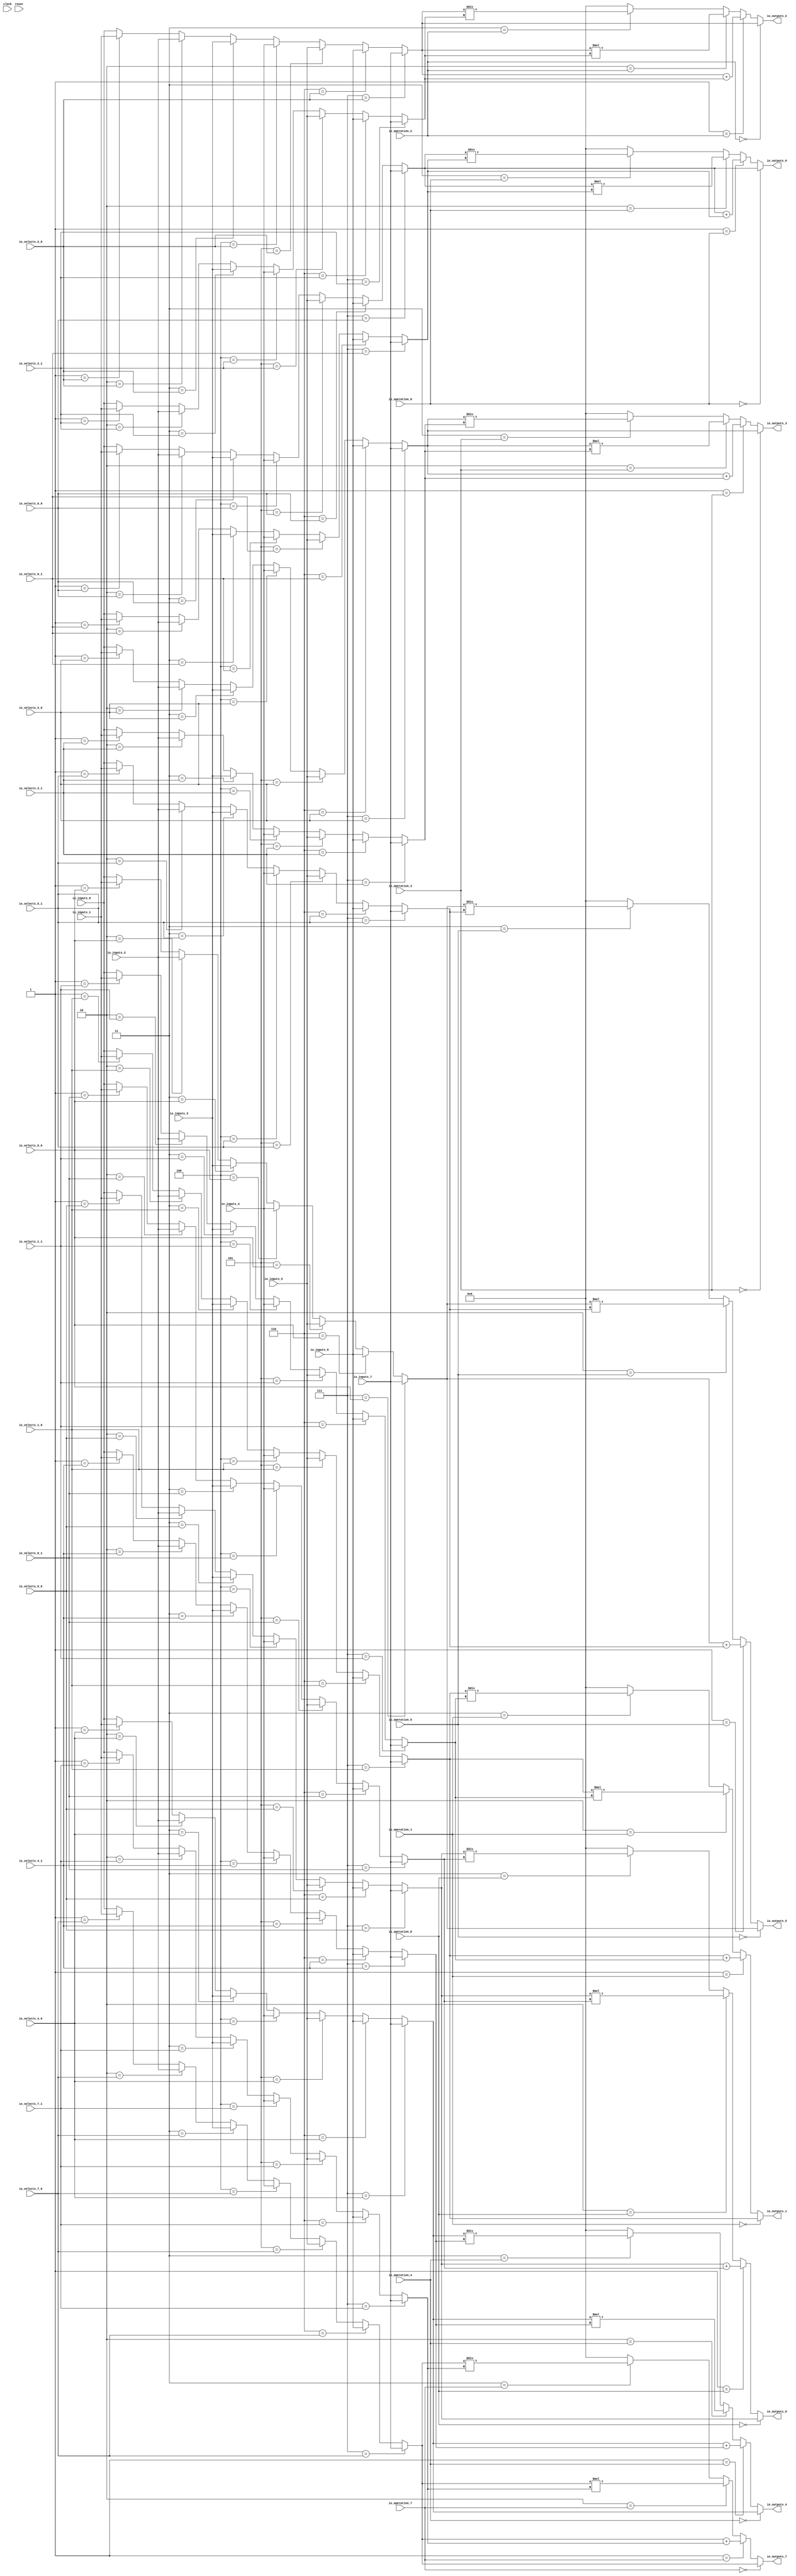
module MuxTest_width_64_inputs_8_outputs_8_pipeline_0( // @[:@3.2]
  input         clock, // @[:@4.4]
  input         reset, // @[:@5.4]
  input  [2:0]  io_selects_0_0, // @[:@6.4]
  input  [2:0]  io_selects_0_1, // @[:@6.4]
  input  [2:0]  io_selects_1_0, // @[:@6.4]
  input  [2:0]  io_selects_1_1, // @[:@6.4]
  input  [2:0]  io_selects_2_0, // @[:@6.4]
  input  [2:0]  io_selects_2_1, // @[:@6.4]
  input  [2:0]  io_selects_3_0, // @[:@6.4]
  input  [2:0]  io_selects_3_1, // @[:@6.4]
  input  [2:0]  io_selects_4_0, // @[:@6.4]
  input  [2:0]  io_selects_4_1, // @[:@6.4]
  input  [2:0]  io_selects_5_0, // @[:@6.4]
  input  [2:0]  io_selects_5_1, // @[:@6.4]
  input  [2:0]  io_selects_6_0, // @[:@6.4]
  input  [2:0]  io_selects_6_1, // @[:@6.4]
  input  [2:0]  io_selects_7_0, // @[:@6.4]
  input  [2:0]  io_selects_7_1, // @[:@6.4]
  input  [2:0]  io_operation_0, // @[:@6.4]
  input  [2:0]  io_operation_1, // @[:@6.4]
  input  [2:0]  io_operation_2, // @[:@6.4]
  input  [2:0]  io_operation_3, // @[:@6.4]
  input  [2:0]  io_operation_4, // @[:@6.4]
  input  [2:0]  io_operation_5, // @[:@6.4]
  input  [2:0]  io_operation_6, // @[:@6.4]
  input  [2:0]  io_operation_7, // @[:@6.4]
  input  [63:0] io_inputs_0, // @[:@6.4]
  input  [63:0] io_inputs_1, // @[:@6.4]
  input  [63:0] io_inputs_2, // @[:@6.4]
  input  [63:0] io_inputs_3, // @[:@6.4]
  input  [63:0] io_inputs_4, // @[:@6.4]
  input  [63:0] io_inputs_5, // @[:@6.4]
  input  [63:0] io_inputs_6, // @[:@6.4]
  input  [63:0] io_inputs_7, // @[:@6.4]
  output [63:0] io_outputs_0, // @[:@6.4]
  output [63:0] io_outputs_1, // @[:@6.4]
  output [63:0] io_outputs_2, // @[:@6.4]
  output [63:0] io_outputs_3, // @[:@6.4]
  output [63:0] io_outputs_4, // @[:@6.4]
  output [63:0] io_outputs_5, // @[:@6.4]
  output [63:0] io_outputs_6, // @[:@6.4]
  output [63:0] io_outputs_7 // @[:@6.4]
);
  wire [63:0] _GEN_1; // @[MuxTest_width_64_inputs_8_outputs_8_pipeline_0s.scala 32:53:@8.4]
  wire [63:0] _GEN_2; // @[MuxTest_width_64_inputs_8_outputs_8_pipeline_0s.scala 32:53:@8.4]
  wire [63:0] _GEN_3; // @[MuxTest_width_64_inputs_8_outputs_8_pipeline_0s.scala 32:53:@8.4]
  wire [63:0] _GEN_4; // @[MuxTest_width_64_inputs_8_outputs_8_pipeline_0s.scala 32:53:@8.4]
  wire [63:0] _GEN_5; // @[MuxTest_width_64_inputs_8_outputs_8_pipeline_0s.scala 32:53:@8.4]
  wire [63:0] _GEN_6; // @[MuxTest_width_64_inputs_8_outputs_8_pipeline_0s.scala 32:53:@8.4]
  wire [63:0] _GEN_7; // @[MuxTest_width_64_inputs_8_outputs_8_pipeline_0s.scala 32:53:@8.4]
  wire [63:0] _GEN_9; // @[MuxTest_width_64_inputs_8_outputs_8_pipeline_0s.scala 32:53:@8.4]
  wire [63:0] _GEN_10; // @[MuxTest_width_64_inputs_8_outputs_8_pipeline_0s.scala 32:53:@8.4]
  wire [63:0] _GEN_11; // @[MuxTest_width_64_inputs_8_outputs_8_pipeline_0s.scala 32:53:@8.4]
  wire [63:0] _GEN_12; // @[MuxTest_width_64_inputs_8_outputs_8_pipeline_0s.scala 32:53:@8.4]
  wire [63:0] _GEN_13; // @[MuxTest_width_64_inputs_8_outputs_8_pipeline_0s.scala 32:53:@8.4]
  wire [63:0] _GEN_14; // @[MuxTest_width_64_inputs_8_outputs_8_pipeline_0s.scala 32:53:@8.4]
  wire [63:0] _GEN_15; // @[MuxTest_width_64_inputs_8_outputs_8_pipeline_0s.scala 32:53:@8.4]
  wire [64:0] _T_402; // @[MuxTest_width_64_inputs_8_outputs_8_pipeline_0s.scala 32:53:@8.4]
  wire [63:0] _T_403; // @[MuxTest_width_64_inputs_8_outputs_8_pipeline_0s.scala 32:53:@9.4]
  wire [127:0] _T_405; // @[MuxTest_width_64_inputs_8_outputs_8_pipeline_0s.scala 33:58:@10.4]
  wire [63:0] _T_407; // @[MuxTest_width_64_inputs_8_outputs_8_pipeline_0s.scala 34:56:@11.4]
  wire  _T_408; // @[Mux.scala 46:19:@12.4]
  wire [63:0] _T_409; // @[Mux.scala 46:16:@13.4]
  wire  _T_410; // @[Mux.scala 46:19:@14.4]
  wire [127:0] _T_411; // @[Mux.scala 46:16:@15.4]
  wire  _T_412; // @[Mux.scala 46:19:@16.4]
  wire [127:0] _T_413; // @[Mux.scala 46:16:@17.4]
  wire  _T_414; // @[Mux.scala 46:19:@18.4]
  wire [127:0] _T_415; // @[Mux.scala 46:16:@19.4]
  wire [63:0] _GEN_17; // @[MuxTest_width_64_inputs_8_outputs_8_pipeline_0s.scala 32:53:@20.4]
  wire [63:0] _GEN_18; // @[MuxTest_width_64_inputs_8_outputs_8_pipeline_0s.scala 32:53:@20.4]
  wire [63:0] _GEN_19; // @[MuxTest_width_64_inputs_8_outputs_8_pipeline_0s.scala 32:53:@20.4]
  wire [63:0] _GEN_20; // @[MuxTest_width_64_inputs_8_outputs_8_pipeline_0s.scala 32:53:@20.4]
  wire [63:0] _GEN_21; // @[MuxTest_width_64_inputs_8_outputs_8_pipeline_0s.scala 32:53:@20.4]
  wire [63:0] _GEN_22; // @[MuxTest_width_64_inputs_8_outputs_8_pipeline_0s.scala 32:53:@20.4]
  wire [63:0] _GEN_23; // @[MuxTest_width_64_inputs_8_outputs_8_pipeline_0s.scala 32:53:@20.4]
  wire [63:0] _GEN_25; // @[MuxTest_width_64_inputs_8_outputs_8_pipeline_0s.scala 32:53:@20.4]
  wire [63:0] _GEN_26; // @[MuxTest_width_64_inputs_8_outputs_8_pipeline_0s.scala 32:53:@20.4]
  wire [63:0] _GEN_27; // @[MuxTest_width_64_inputs_8_outputs_8_pipeline_0s.scala 32:53:@20.4]
  wire [63:0] _GEN_28; // @[MuxTest_width_64_inputs_8_outputs_8_pipeline_0s.scala 32:53:@20.4]
  wire [63:0] _GEN_29; // @[MuxTest_width_64_inputs_8_outputs_8_pipeline_0s.scala 32:53:@20.4]
  wire [63:0] _GEN_30; // @[MuxTest_width_64_inputs_8_outputs_8_pipeline_0s.scala 32:53:@20.4]
  wire [63:0] _GEN_31; // @[MuxTest_width_64_inputs_8_outputs_8_pipeline_0s.scala 32:53:@20.4]
  wire [64:0] _T_419; // @[MuxTest_width_64_inputs_8_outputs_8_pipeline_0s.scala 32:53:@20.4]
  wire [63:0] _T_420; // @[MuxTest_width_64_inputs_8_outputs_8_pipeline_0s.scala 32:53:@21.4]
  wire [127:0] _T_422; // @[MuxTest_width_64_inputs_8_outputs_8_pipeline_0s.scala 33:58:@22.4]
  wire [63:0] _T_424; // @[MuxTest_width_64_inputs_8_outputs_8_pipeline_0s.scala 34:56:@23.4]
  wire  _T_425; // @[Mux.scala 46:19:@24.4]
  wire [63:0] _T_426; // @[Mux.scala 46:16:@25.4]
  wire  _T_427; // @[Mux.scala 46:19:@26.4]
  wire [127:0] _T_428; // @[Mux.scala 46:16:@27.4]
  wire  _T_429; // @[Mux.scala 46:19:@28.4]
  wire [127:0] _T_430; // @[Mux.scala 46:16:@29.4]
  wire  _T_431; // @[Mux.scala 46:19:@30.4]
  wire [127:0] _T_432; // @[Mux.scala 46:16:@31.4]
  wire [63:0] _GEN_33; // @[MuxTest_width_64_inputs_8_outputs_8_pipeline_0s.scala 32:53:@32.4]
  wire [63:0] _GEN_34; // @[MuxTest_width_64_inputs_8_outputs_8_pipeline_0s.scala 32:53:@32.4]
  wire [63:0] _GEN_35; // @[MuxTest_width_64_inputs_8_outputs_8_pipeline_0s.scala 32:53:@32.4]
  wire [63:0] _GEN_36; // @[MuxTest_width_64_inputs_8_outputs_8_pipeline_0s.scala 32:53:@32.4]
  wire [63:0] _GEN_37; // @[MuxTest_width_64_inputs_8_outputs_8_pipeline_0s.scala 32:53:@32.4]
  wire [63:0] _GEN_38; // @[MuxTest_width_64_inputs_8_outputs_8_pipeline_0s.scala 32:53:@32.4]
  wire [63:0] _GEN_39; // @[MuxTest_width_64_inputs_8_outputs_8_pipeline_0s.scala 32:53:@32.4]
  wire [63:0] _GEN_41; // @[MuxTest_width_64_inputs_8_outputs_8_pipeline_0s.scala 32:53:@32.4]
  wire [63:0] _GEN_42; // @[MuxTest_width_64_inputs_8_outputs_8_pipeline_0s.scala 32:53:@32.4]
  wire [63:0] _GEN_43; // @[MuxTest_width_64_inputs_8_outputs_8_pipeline_0s.scala 32:53:@32.4]
  wire [63:0] _GEN_44; // @[MuxTest_width_64_inputs_8_outputs_8_pipeline_0s.scala 32:53:@32.4]
  wire [63:0] _GEN_45; // @[MuxTest_width_64_inputs_8_outputs_8_pipeline_0s.scala 32:53:@32.4]
  wire [63:0] _GEN_46; // @[MuxTest_width_64_inputs_8_outputs_8_pipeline_0s.scala 32:53:@32.4]
  wire [63:0] _GEN_47; // @[MuxTest_width_64_inputs_8_outputs_8_pipeline_0s.scala 32:53:@32.4]
  wire [64:0] _T_436; // @[MuxTest_width_64_inputs_8_outputs_8_pipeline_0s.scala 32:53:@32.4]
  wire [63:0] _T_437; // @[MuxTest_width_64_inputs_8_outputs_8_pipeline_0s.scala 32:53:@33.4]
  wire [127:0] _T_439; // @[MuxTest_width_64_inputs_8_outputs_8_pipeline_0s.scala 33:58:@34.4]
  wire [63:0] _T_441; // @[MuxTest_width_64_inputs_8_outputs_8_pipeline_0s.scala 34:56:@35.4]
  wire  _T_442; // @[Mux.scala 46:19:@36.4]
  wire [63:0] _T_443; // @[Mux.scala 46:16:@37.4]
  wire  _T_444; // @[Mux.scala 46:19:@38.4]
  wire [127:0] _T_445; // @[Mux.scala 46:16:@39.4]
  wire  _T_446; // @[Mux.scala 46:19:@40.4]
  wire [127:0] _T_447; // @[Mux.scala 46:16:@41.4]
  wire  _T_448; // @[Mux.scala 46:19:@42.4]
  wire [127:0] _T_449; // @[Mux.scala 46:16:@43.4]
  wire [63:0] _GEN_49; // @[MuxTest_width_64_inputs_8_outputs_8_pipeline_0s.scala 32:53:@44.4]
  wire [63:0] _GEN_50; // @[MuxTest_width_64_inputs_8_outputs_8_pipeline_0s.scala 32:53:@44.4]
  wire [63:0] _GEN_51; // @[MuxTest_width_64_inputs_8_outputs_8_pipeline_0s.scala 32:53:@44.4]
  wire [63:0] _GEN_52; // @[MuxTest_width_64_inputs_8_outputs_8_pipeline_0s.scala 32:53:@44.4]
  wire [63:0] _GEN_53; // @[MuxTest_width_64_inputs_8_outputs_8_pipeline_0s.scala 32:53:@44.4]
  wire [63:0] _GEN_54; // @[MuxTest_width_64_inputs_8_outputs_8_pipeline_0s.scala 32:53:@44.4]
  wire [63:0] _GEN_55; // @[MuxTest_width_64_inputs_8_outputs_8_pipeline_0s.scala 32:53:@44.4]
  wire [63:0] _GEN_57; // @[MuxTest_width_64_inputs_8_outputs_8_pipeline_0s.scala 32:53:@44.4]
  wire [63:0] _GEN_58; // @[MuxTest_width_64_inputs_8_outputs_8_pipeline_0s.scala 32:53:@44.4]
  wire [63:0] _GEN_59; // @[MuxTest_width_64_inputs_8_outputs_8_pipeline_0s.scala 32:53:@44.4]
  wire [63:0] _GEN_60; // @[MuxTest_width_64_inputs_8_outputs_8_pipeline_0s.scala 32:53:@44.4]
  wire [63:0] _GEN_61; // @[MuxTest_width_64_inputs_8_outputs_8_pipeline_0s.scala 32:53:@44.4]
  wire [63:0] _GEN_62; // @[MuxTest_width_64_inputs_8_outputs_8_pipeline_0s.scala 32:53:@44.4]
  wire [63:0] _GEN_63; // @[MuxTest_width_64_inputs_8_outputs_8_pipeline_0s.scala 32:53:@44.4]
  wire [64:0] _T_453; // @[MuxTest_width_64_inputs_8_outputs_8_pipeline_0s.scala 32:53:@44.4]
  wire [63:0] _T_454; // @[MuxTest_width_64_inputs_8_outputs_8_pipeline_0s.scala 32:53:@45.4]
  wire [127:0] _T_456; // @[MuxTest_width_64_inputs_8_outputs_8_pipeline_0s.scala 33:58:@46.4]
  wire [63:0] _T_458; // @[MuxTest_width_64_inputs_8_outputs_8_pipeline_0s.scala 34:56:@47.4]
  wire  _T_459; // @[Mux.scala 46:19:@48.4]
  wire [63:0] _T_460; // @[Mux.scala 46:16:@49.4]
  wire  _T_461; // @[Mux.scala 46:19:@50.4]
  wire [127:0] _T_462; // @[Mux.scala 46:16:@51.4]
  wire  _T_463; // @[Mux.scala 46:19:@52.4]
  wire [127:0] _T_464; // @[Mux.scala 46:16:@53.4]
  wire  _T_465; // @[Mux.scala 46:19:@54.4]
  wire [127:0] _T_466; // @[Mux.scala 46:16:@55.4]
  wire [63:0] _GEN_65; // @[MuxTest_width_64_inputs_8_outputs_8_pipeline_0s.scala 32:53:@56.4]
  wire [63:0] _GEN_66; // @[MuxTest_width_64_inputs_8_outputs_8_pipeline_0s.scala 32:53:@56.4]
  wire [63:0] _GEN_67; // @[MuxTest_width_64_inputs_8_outputs_8_pipeline_0s.scala 32:53:@56.4]
  wire [63:0] _GEN_68; // @[MuxTest_width_64_inputs_8_outputs_8_pipeline_0s.scala 32:53:@56.4]
  wire [63:0] _GEN_69; // @[MuxTest_width_64_inputs_8_outputs_8_pipeline_0s.scala 32:53:@56.4]
  wire [63:0] _GEN_70; // @[MuxTest_width_64_inputs_8_outputs_8_pipeline_0s.scala 32:53:@56.4]
  wire [63:0] _GEN_71; // @[MuxTest_width_64_inputs_8_outputs_8_pipeline_0s.scala 32:53:@56.4]
  wire [63:0] _GEN_73; // @[MuxTest_width_64_inputs_8_outputs_8_pipeline_0s.scala 32:53:@56.4]
  wire [63:0] _GEN_74; // @[MuxTest_width_64_inputs_8_outputs_8_pipeline_0s.scala 32:53:@56.4]
  wire [63:0] _GEN_75; // @[MuxTest_width_64_inputs_8_outputs_8_pipeline_0s.scala 32:53:@56.4]
  wire [63:0] _GEN_76; // @[MuxTest_width_64_inputs_8_outputs_8_pipeline_0s.scala 32:53:@56.4]
  wire [63:0] _GEN_77; // @[MuxTest_width_64_inputs_8_outputs_8_pipeline_0s.scala 32:53:@56.4]
  wire [63:0] _GEN_78; // @[MuxTest_width_64_inputs_8_outputs_8_pipeline_0s.scala 32:53:@56.4]
  wire [63:0] _GEN_79; // @[MuxTest_width_64_inputs_8_outputs_8_pipeline_0s.scala 32:53:@56.4]
  wire [64:0] _T_470; // @[MuxTest_width_64_inputs_8_outputs_8_pipeline_0s.scala 32:53:@56.4]
  wire [63:0] _T_471; // @[MuxTest_width_64_inputs_8_outputs_8_pipeline_0s.scala 32:53:@57.4]
  wire [127:0] _T_473; // @[MuxTest_width_64_inputs_8_outputs_8_pipeline_0s.scala 33:58:@58.4]
  wire [63:0] _T_475; // @[MuxTest_width_64_inputs_8_outputs_8_pipeline_0s.scala 34:56:@59.4]
  wire  _T_476; // @[Mux.scala 46:19:@60.4]
  wire [63:0] _T_477; // @[Mux.scala 46:16:@61.4]
  wire  _T_478; // @[Mux.scala 46:19:@62.4]
  wire [127:0] _T_479; // @[Mux.scala 46:16:@63.4]
  wire  _T_480; // @[Mux.scala 46:19:@64.4]
  wire [127:0] _T_481; // @[Mux.scala 46:16:@65.4]
  wire  _T_482; // @[Mux.scala 46:19:@66.4]
  wire [127:0] _T_483; // @[Mux.scala 46:16:@67.4]
  wire [63:0] _GEN_81; // @[MuxTest_width_64_inputs_8_outputs_8_pipeline_0s.scala 32:53:@68.4]
  wire [63:0] _GEN_82; // @[MuxTest_width_64_inputs_8_outputs_8_pipeline_0s.scala 32:53:@68.4]
  wire [63:0] _GEN_83; // @[MuxTest_width_64_inputs_8_outputs_8_pipeline_0s.scala 32:53:@68.4]
  wire [63:0] _GEN_84; // @[MuxTest_width_64_inputs_8_outputs_8_pipeline_0s.scala 32:53:@68.4]
  wire [63:0] _GEN_85; // @[MuxTest_width_64_inputs_8_outputs_8_pipeline_0s.scala 32:53:@68.4]
  wire [63:0] _GEN_86; // @[MuxTest_width_64_inputs_8_outputs_8_pipeline_0s.scala 32:53:@68.4]
  wire [63:0] _GEN_87; // @[MuxTest_width_64_inputs_8_outputs_8_pipeline_0s.scala 32:53:@68.4]
  wire [63:0] _GEN_89; // @[MuxTest_width_64_inputs_8_outputs_8_pipeline_0s.scala 32:53:@68.4]
  wire [63:0] _GEN_90; // @[MuxTest_width_64_inputs_8_outputs_8_pipeline_0s.scala 32:53:@68.4]
  wire [63:0] _GEN_91; // @[MuxTest_width_64_inputs_8_outputs_8_pipeline_0s.scala 32:53:@68.4]
  wire [63:0] _GEN_92; // @[MuxTest_width_64_inputs_8_outputs_8_pipeline_0s.scala 32:53:@68.4]
  wire [63:0] _GEN_93; // @[MuxTest_width_64_inputs_8_outputs_8_pipeline_0s.scala 32:53:@68.4]
  wire [63:0] _GEN_94; // @[MuxTest_width_64_inputs_8_outputs_8_pipeline_0s.scala 32:53:@68.4]
  wire [63:0] _GEN_95; // @[MuxTest_width_64_inputs_8_outputs_8_pipeline_0s.scala 32:53:@68.4]
  wire [64:0] _T_487; // @[MuxTest_width_64_inputs_8_outputs_8_pipeline_0s.scala 32:53:@68.4]
  wire [63:0] _T_488; // @[MuxTest_width_64_inputs_8_outputs_8_pipeline_0s.scala 32:53:@69.4]
  wire [127:0] _T_490; // @[MuxTest_width_64_inputs_8_outputs_8_pipeline_0s.scala 33:58:@70.4]
  wire [63:0] _T_492; // @[MuxTest_width_64_inputs_8_outputs_8_pipeline_0s.scala 34:56:@71.4]
  wire  _T_493; // @[Mux.scala 46:19:@72.4]
  wire [63:0] _T_494; // @[Mux.scala 46:16:@73.4]
  wire  _T_495; // @[Mux.scala 46:19:@74.4]
  wire [127:0] _T_496; // @[Mux.scala 46:16:@75.4]
  wire  _T_497; // @[Mux.scala 46:19:@76.4]
  wire [127:0] _T_498; // @[Mux.scala 46:16:@77.4]
  wire  _T_499; // @[Mux.scala 46:19:@78.4]
  wire [127:0] _T_500; // @[Mux.scala 46:16:@79.4]
  wire [63:0] _GEN_97; // @[MuxTest_width_64_inputs_8_outputs_8_pipeline_0s.scala 32:53:@80.4]
  wire [63:0] _GEN_98; // @[MuxTest_width_64_inputs_8_outputs_8_pipeline_0s.scala 32:53:@80.4]
  wire [63:0] _GEN_99; // @[MuxTest_width_64_inputs_8_outputs_8_pipeline_0s.scala 32:53:@80.4]
  wire [63:0] _GEN_100; // @[MuxTest_width_64_inputs_8_outputs_8_pipeline_0s.scala 32:53:@80.4]
  wire [63:0] _GEN_101; // @[MuxTest_width_64_inputs_8_outputs_8_pipeline_0s.scala 32:53:@80.4]
  wire [63:0] _GEN_102; // @[MuxTest_width_64_inputs_8_outputs_8_pipeline_0s.scala 32:53:@80.4]
  wire [63:0] _GEN_103; // @[MuxTest_width_64_inputs_8_outputs_8_pipeline_0s.scala 32:53:@80.4]
  wire [63:0] _GEN_105; // @[MuxTest_width_64_inputs_8_outputs_8_pipeline_0s.scala 32:53:@80.4]
  wire [63:0] _GEN_106; // @[MuxTest_width_64_inputs_8_outputs_8_pipeline_0s.scala 32:53:@80.4]
  wire [63:0] _GEN_107; // @[MuxTest_width_64_inputs_8_outputs_8_pipeline_0s.scala 32:53:@80.4]
  wire [63:0] _GEN_108; // @[MuxTest_width_64_inputs_8_outputs_8_pipeline_0s.scala 32:53:@80.4]
  wire [63:0] _GEN_109; // @[MuxTest_width_64_inputs_8_outputs_8_pipeline_0s.scala 32:53:@80.4]
  wire [63:0] _GEN_110; // @[MuxTest_width_64_inputs_8_outputs_8_pipeline_0s.scala 32:53:@80.4]
  wire [63:0] _GEN_111; // @[MuxTest_width_64_inputs_8_outputs_8_pipeline_0s.scala 32:53:@80.4]
  wire [64:0] _T_504; // @[MuxTest_width_64_inputs_8_outputs_8_pipeline_0s.scala 32:53:@80.4]
  wire [63:0] _T_505; // @[MuxTest_width_64_inputs_8_outputs_8_pipeline_0s.scala 32:53:@81.4]
  wire [127:0] _T_507; // @[MuxTest_width_64_inputs_8_outputs_8_pipeline_0s.scala 33:58:@82.4]
  wire [63:0] _T_509; // @[MuxTest_width_64_inputs_8_outputs_8_pipeline_0s.scala 34:56:@83.4]
  wire  _T_510; // @[Mux.scala 46:19:@84.4]
  wire [63:0] _T_511; // @[Mux.scala 46:16:@85.4]
  wire  _T_512; // @[Mux.scala 46:19:@86.4]
  wire [127:0] _T_513; // @[Mux.scala 46:16:@87.4]
  wire  _T_514; // @[Mux.scala 46:19:@88.4]
  wire [127:0] _T_515; // @[Mux.scala 46:16:@89.4]
  wire  _T_516; // @[Mux.scala 46:19:@90.4]
  wire [127:0] _T_517; // @[Mux.scala 46:16:@91.4]
  wire [63:0] _GEN_113; // @[MuxTest_width_64_inputs_8_outputs_8_pipeline_0s.scala 32:53:@92.4]
  wire [63:0] _GEN_114; // @[MuxTest_width_64_inputs_8_outputs_8_pipeline_0s.scala 32:53:@92.4]
  wire [63:0] _GEN_115; // @[MuxTest_width_64_inputs_8_outputs_8_pipeline_0s.scala 32:53:@92.4]
  wire [63:0] _GEN_116; // @[MuxTest_width_64_inputs_8_outputs_8_pipeline_0s.scala 32:53:@92.4]
  wire [63:0] _GEN_117; // @[MuxTest_width_64_inputs_8_outputs_8_pipeline_0s.scala 32:53:@92.4]
  wire [63:0] _GEN_118; // @[MuxTest_width_64_inputs_8_outputs_8_pipeline_0s.scala 32:53:@92.4]
  wire [63:0] _GEN_119; // @[MuxTest_width_64_inputs_8_outputs_8_pipeline_0s.scala 32:53:@92.4]
  wire [63:0] _GEN_121; // @[MuxTest_width_64_inputs_8_outputs_8_pipeline_0s.scala 32:53:@92.4]
  wire [63:0] _GEN_122; // @[MuxTest_width_64_inputs_8_outputs_8_pipeline_0s.scala 32:53:@92.4]
  wire [63:0] _GEN_123; // @[MuxTest_width_64_inputs_8_outputs_8_pipeline_0s.scala 32:53:@92.4]
  wire [63:0] _GEN_124; // @[MuxTest_width_64_inputs_8_outputs_8_pipeline_0s.scala 32:53:@92.4]
  wire [63:0] _GEN_125; // @[MuxTest_width_64_inputs_8_outputs_8_pipeline_0s.scala 32:53:@92.4]
  wire [63:0] _GEN_126; // @[MuxTest_width_64_inputs_8_outputs_8_pipeline_0s.scala 32:53:@92.4]
  wire [63:0] _GEN_127; // @[MuxTest_width_64_inputs_8_outputs_8_pipeline_0s.scala 32:53:@92.4]
  wire [64:0] _T_521; // @[MuxTest_width_64_inputs_8_outputs_8_pipeline_0s.scala 32:53:@92.4]
  wire [63:0] _T_522; // @[MuxTest_width_64_inputs_8_outputs_8_pipeline_0s.scala 32:53:@93.4]
  wire [127:0] _T_524; // @[MuxTest_width_64_inputs_8_outputs_8_pipeline_0s.scala 33:58:@94.4]
  wire [63:0] _T_526; // @[MuxTest_width_64_inputs_8_outputs_8_pipeline_0s.scala 34:56:@95.4]
  wire  _T_527; // @[Mux.scala 46:19:@96.4]
  wire [63:0] _T_528; // @[Mux.scala 46:16:@97.4]
  wire  _T_529; // @[Mux.scala 46:19:@98.4]
  wire [127:0] _T_530; // @[Mux.scala 46:16:@99.4]
  wire  _T_531; // @[Mux.scala 46:19:@100.4]
  wire [127:0] _T_532; // @[Mux.scala 46:16:@101.4]
  wire  _T_533; // @[Mux.scala 46:19:@102.4]
  wire [127:0] _T_534; // @[Mux.scala 46:16:@103.4]
  assign _GEN_1 = 3'h1 == io_selects_0_0 ? io_inputs_1 : io_inputs_0; // @[MuxTest_width_64_inputs_8_outputs_8_pipeline_0s.scala 32:53:@8.4]
  assign _GEN_2 = 3'h2 == io_selects_0_0 ? io_inputs_2 : _GEN_1; // @[MuxTest_width_64_inputs_8_outputs_8_pipeline_0s.scala 32:53:@8.4]
  assign _GEN_3 = 3'h3 == io_selects_0_0 ? io_inputs_3 : _GEN_2; // @[MuxTest_width_64_inputs_8_outputs_8_pipeline_0s.scala 32:53:@8.4]
  assign _GEN_4 = 3'h4 == io_selects_0_0 ? io_inputs_4 : _GEN_3; // @[MuxTest_width_64_inputs_8_outputs_8_pipeline_0s.scala 32:53:@8.4]
  assign _GEN_5 = 3'h5 == io_selects_0_0 ? io_inputs_5 : _GEN_4; // @[MuxTest_width_64_inputs_8_outputs_8_pipeline_0s.scala 32:53:@8.4]
  assign _GEN_6 = 3'h6 == io_selects_0_0 ? io_inputs_6 : _GEN_5; // @[MuxTest_width_64_inputs_8_outputs_8_pipeline_0s.scala 32:53:@8.4]
  assign _GEN_7 = 3'h7 == io_selects_0_0 ? io_inputs_7 : _GEN_6; // @[MuxTest_width_64_inputs_8_outputs_8_pipeline_0s.scala 32:53:@8.4]
  assign _GEN_9 = 3'h1 == io_selects_0_1 ? io_inputs_1 : io_inputs_0; // @[MuxTest_width_64_inputs_8_outputs_8_pipeline_0s.scala 32:53:@8.4]
  assign _GEN_10 = 3'h2 == io_selects_0_1 ? io_inputs_2 : _GEN_9; // @[MuxTest_width_64_inputs_8_outputs_8_pipeline_0s.scala 32:53:@8.4]
  assign _GEN_11 = 3'h3 == io_selects_0_1 ? io_inputs_3 : _GEN_10; // @[MuxTest_width_64_inputs_8_outputs_8_pipeline_0s.scala 32:53:@8.4]
  assign _GEN_12 = 3'h4 == io_selects_0_1 ? io_inputs_4 : _GEN_11; // @[MuxTest_width_64_inputs_8_outputs_8_pipeline_0s.scala 32:53:@8.4]
  assign _GEN_13 = 3'h5 == io_selects_0_1 ? io_inputs_5 : _GEN_12; // @[MuxTest_width_64_inputs_8_outputs_8_pipeline_0s.scala 32:53:@8.4]
  assign _GEN_14 = 3'h6 == io_selects_0_1 ? io_inputs_6 : _GEN_13; // @[MuxTest_width_64_inputs_8_outputs_8_pipeline_0s.scala 32:53:@8.4]
  assign _GEN_15 = 3'h7 == io_selects_0_1 ? io_inputs_7 : _GEN_14; // @[MuxTest_width_64_inputs_8_outputs_8_pipeline_0s.scala 32:53:@8.4]
  assign _T_402 = _GEN_7 + _GEN_15; // @[MuxTest_width_64_inputs_8_outputs_8_pipeline_0s.scala 32:53:@8.4]
  assign _T_403 = _GEN_7 + _GEN_15; // @[MuxTest_width_64_inputs_8_outputs_8_pipeline_0s.scala 32:53:@9.4]
  assign _T_405 = _GEN_7 * _GEN_15; // @[MuxTest_width_64_inputs_8_outputs_8_pipeline_0s.scala 33:58:@10.4]
  assign _T_407 = _GEN_7 / _GEN_15; // @[MuxTest_width_64_inputs_8_outputs_8_pipeline_0s.scala 34:56:@11.4]
  assign _T_408 = 3'h3 == io_operation_0; // @[Mux.scala 46:19:@12.4]
  assign _T_409 = _T_408 ? _T_407 : 64'h0; // @[Mux.scala 46:16:@13.4]
  assign _T_410 = 3'h2 == io_operation_0; // @[Mux.scala 46:19:@14.4]
  assign _T_411 = _T_410 ? _T_405 : {{64'd0}, _T_409}; // @[Mux.scala 46:16:@15.4]
  assign _T_412 = 3'h1 == io_operation_0; // @[Mux.scala 46:19:@16.4]
  assign _T_413 = _T_412 ? {{64'd0}, _T_403} : _T_411; // @[Mux.scala 46:16:@17.4]
  assign _T_414 = 3'h0 == io_operation_0; // @[Mux.scala 46:19:@18.4]
  assign _T_415 = _T_414 ? {{64'd0}, _GEN_7} : _T_413; // @[Mux.scala 46:16:@19.4]
  assign _GEN_17 = 3'h1 == io_selects_1_0 ? io_inputs_1 : io_inputs_0; // @[MuxTest_width_64_inputs_8_outputs_8_pipeline_0s.scala 32:53:@20.4]
  assign _GEN_18 = 3'h2 == io_selects_1_0 ? io_inputs_2 : _GEN_17; // @[MuxTest_width_64_inputs_8_outputs_8_pipeline_0s.scala 32:53:@20.4]
  assign _GEN_19 = 3'h3 == io_selects_1_0 ? io_inputs_3 : _GEN_18; // @[MuxTest_width_64_inputs_8_outputs_8_pipeline_0s.scala 32:53:@20.4]
  assign _GEN_20 = 3'h4 == io_selects_1_0 ? io_inputs_4 : _GEN_19; // @[MuxTest_width_64_inputs_8_outputs_8_pipeline_0s.scala 32:53:@20.4]
  assign _GEN_21 = 3'h5 == io_selects_1_0 ? io_inputs_5 : _GEN_20; // @[MuxTest_width_64_inputs_8_outputs_8_pipeline_0s.scala 32:53:@20.4]
  assign _GEN_22 = 3'h6 == io_selects_1_0 ? io_inputs_6 : _GEN_21; // @[MuxTest_width_64_inputs_8_outputs_8_pipeline_0s.scala 32:53:@20.4]
  assign _GEN_23 = 3'h7 == io_selects_1_0 ? io_inputs_7 : _GEN_22; // @[MuxTest_width_64_inputs_8_outputs_8_pipeline_0s.scala 32:53:@20.4]
  assign _GEN_25 = 3'h1 == io_selects_1_1 ? io_inputs_1 : io_inputs_0; // @[MuxTest_width_64_inputs_8_outputs_8_pipeline_0s.scala 32:53:@20.4]
  assign _GEN_26 = 3'h2 == io_selects_1_1 ? io_inputs_2 : _GEN_25; // @[MuxTest_width_64_inputs_8_outputs_8_pipeline_0s.scala 32:53:@20.4]
  assign _GEN_27 = 3'h3 == io_selects_1_1 ? io_inputs_3 : _GEN_26; // @[MuxTest_width_64_inputs_8_outputs_8_pipeline_0s.scala 32:53:@20.4]
  assign _GEN_28 = 3'h4 == io_selects_1_1 ? io_inputs_4 : _GEN_27; // @[MuxTest_width_64_inputs_8_outputs_8_pipeline_0s.scala 32:53:@20.4]
  assign _GEN_29 = 3'h5 == io_selects_1_1 ? io_inputs_5 : _GEN_28; // @[MuxTest_width_64_inputs_8_outputs_8_pipeline_0s.scala 32:53:@20.4]
  assign _GEN_30 = 3'h6 == io_selects_1_1 ? io_inputs_6 : _GEN_29; // @[MuxTest_width_64_inputs_8_outputs_8_pipeline_0s.scala 32:53:@20.4]
  assign _GEN_31 = 3'h7 == io_selects_1_1 ? io_inputs_7 : _GEN_30; // @[MuxTest_width_64_inputs_8_outputs_8_pipeline_0s.scala 32:53:@20.4]
  assign _T_419 = _GEN_23 + _GEN_31; // @[MuxTest_width_64_inputs_8_outputs_8_pipeline_0s.scala 32:53:@20.4]
  assign _T_420 = _GEN_23 + _GEN_31; // @[MuxTest_width_64_inputs_8_outputs_8_pipeline_0s.scala 32:53:@21.4]
  assign _T_422 = _GEN_23 * _GEN_31; // @[MuxTest_width_64_inputs_8_outputs_8_pipeline_0s.scala 33:58:@22.4]
  assign _T_424 = _GEN_23 / _GEN_31; // @[MuxTest_width_64_inputs_8_outputs_8_pipeline_0s.scala 34:56:@23.4]
  assign _T_425 = 3'h3 == io_operation_1; // @[Mux.scala 46:19:@24.4]
  assign _T_426 = _T_425 ? _T_424 : 64'h0; // @[Mux.scala 46:16:@25.4]
  assign _T_427 = 3'h2 == io_operation_1; // @[Mux.scala 46:19:@26.4]
  assign _T_428 = _T_427 ? _T_422 : {{64'd0}, _T_426}; // @[Mux.scala 46:16:@27.4]
  assign _T_429 = 3'h1 == io_operation_1; // @[Mux.scala 46:19:@28.4]
  assign _T_430 = _T_429 ? {{64'd0}, _T_420} : _T_428; // @[Mux.scala 46:16:@29.4]
  assign _T_431 = 3'h0 == io_operation_1; // @[Mux.scala 46:19:@30.4]
  assign _T_432 = _T_431 ? {{64'd0}, _GEN_23} : _T_430; // @[Mux.scala 46:16:@31.4]
  assign _GEN_33 = 3'h1 == io_selects_2_0 ? io_inputs_1 : io_inputs_0; // @[MuxTest_width_64_inputs_8_outputs_8_pipeline_0s.scala 32:53:@32.4]
  assign _GEN_34 = 3'h2 == io_selects_2_0 ? io_inputs_2 : _GEN_33; // @[MuxTest_width_64_inputs_8_outputs_8_pipeline_0s.scala 32:53:@32.4]
  assign _GEN_35 = 3'h3 == io_selects_2_0 ? io_inputs_3 : _GEN_34; // @[MuxTest_width_64_inputs_8_outputs_8_pipeline_0s.scala 32:53:@32.4]
  assign _GEN_36 = 3'h4 == io_selects_2_0 ? io_inputs_4 : _GEN_35; // @[MuxTest_width_64_inputs_8_outputs_8_pipeline_0s.scala 32:53:@32.4]
  assign _GEN_37 = 3'h5 == io_selects_2_0 ? io_inputs_5 : _GEN_36; // @[MuxTest_width_64_inputs_8_outputs_8_pipeline_0s.scala 32:53:@32.4]
  assign _GEN_38 = 3'h6 == io_selects_2_0 ? io_inputs_6 : _GEN_37; // @[MuxTest_width_64_inputs_8_outputs_8_pipeline_0s.scala 32:53:@32.4]
  assign _GEN_39 = 3'h7 == io_selects_2_0 ? io_inputs_7 : _GEN_38; // @[MuxTest_width_64_inputs_8_outputs_8_pipeline_0s.scala 32:53:@32.4]
  assign _GEN_41 = 3'h1 == io_selects_2_1 ? io_inputs_1 : io_inputs_0; // @[MuxTest_width_64_inputs_8_outputs_8_pipeline_0s.scala 32:53:@32.4]
  assign _GEN_42 = 3'h2 == io_selects_2_1 ? io_inputs_2 : _GEN_41; // @[MuxTest_width_64_inputs_8_outputs_8_pipeline_0s.scala 32:53:@32.4]
  assign _GEN_43 = 3'h3 == io_selects_2_1 ? io_inputs_3 : _GEN_42; // @[MuxTest_width_64_inputs_8_outputs_8_pipeline_0s.scala 32:53:@32.4]
  assign _GEN_44 = 3'h4 == io_selects_2_1 ? io_inputs_4 : _GEN_43; // @[MuxTest_width_64_inputs_8_outputs_8_pipeline_0s.scala 32:53:@32.4]
  assign _GEN_45 = 3'h5 == io_selects_2_1 ? io_inputs_5 : _GEN_44; // @[MuxTest_width_64_inputs_8_outputs_8_pipeline_0s.scala 32:53:@32.4]
  assign _GEN_46 = 3'h6 == io_selects_2_1 ? io_inputs_6 : _GEN_45; // @[MuxTest_width_64_inputs_8_outputs_8_pipeline_0s.scala 32:53:@32.4]
  assign _GEN_47 = 3'h7 == io_selects_2_1 ? io_inputs_7 : _GEN_46; // @[MuxTest_width_64_inputs_8_outputs_8_pipeline_0s.scala 32:53:@32.4]
  assign _T_436 = _GEN_39 + _GEN_47; // @[MuxTest_width_64_inputs_8_outputs_8_pipeline_0s.scala 32:53:@32.4]
  assign _T_437 = _GEN_39 + _GEN_47; // @[MuxTest_width_64_inputs_8_outputs_8_pipeline_0s.scala 32:53:@33.4]
  assign _T_439 = _GEN_39 * _GEN_47; // @[MuxTest_width_64_inputs_8_outputs_8_pipeline_0s.scala 33:58:@34.4]
  assign _T_441 = _GEN_39 / _GEN_47; // @[MuxTest_width_64_inputs_8_outputs_8_pipeline_0s.scala 34:56:@35.4]
  assign _T_442 = 3'h3 == io_operation_2; // @[Mux.scala 46:19:@36.4]
  assign _T_443 = _T_442 ? _T_441 : 64'h0; // @[Mux.scala 46:16:@37.4]
  assign _T_444 = 3'h2 == io_operation_2; // @[Mux.scala 46:19:@38.4]
  assign _T_445 = _T_444 ? _T_439 : {{64'd0}, _T_443}; // @[Mux.scala 46:16:@39.4]
  assign _T_446 = 3'h1 == io_operation_2; // @[Mux.scala 46:19:@40.4]
  assign _T_447 = _T_446 ? {{64'd0}, _T_437} : _T_445; // @[Mux.scala 46:16:@41.4]
  assign _T_448 = 3'h0 == io_operation_2; // @[Mux.scala 46:19:@42.4]
  assign _T_449 = _T_448 ? {{64'd0}, _GEN_39} : _T_447; // @[Mux.scala 46:16:@43.4]
  assign _GEN_49 = 3'h1 == io_selects_3_0 ? io_inputs_1 : io_inputs_0; // @[MuxTest_width_64_inputs_8_outputs_8_pipeline_0s.scala 32:53:@44.4]
  assign _GEN_50 = 3'h2 == io_selects_3_0 ? io_inputs_2 : _GEN_49; // @[MuxTest_width_64_inputs_8_outputs_8_pipeline_0s.scala 32:53:@44.4]
  assign _GEN_51 = 3'h3 == io_selects_3_0 ? io_inputs_3 : _GEN_50; // @[MuxTest_width_64_inputs_8_outputs_8_pipeline_0s.scala 32:53:@44.4]
  assign _GEN_52 = 3'h4 == io_selects_3_0 ? io_inputs_4 : _GEN_51; // @[MuxTest_width_64_inputs_8_outputs_8_pipeline_0s.scala 32:53:@44.4]
  assign _GEN_53 = 3'h5 == io_selects_3_0 ? io_inputs_5 : _GEN_52; // @[MuxTest_width_64_inputs_8_outputs_8_pipeline_0s.scala 32:53:@44.4]
  assign _GEN_54 = 3'h6 == io_selects_3_0 ? io_inputs_6 : _GEN_53; // @[MuxTest_width_64_inputs_8_outputs_8_pipeline_0s.scala 32:53:@44.4]
  assign _GEN_55 = 3'h7 == io_selects_3_0 ? io_inputs_7 : _GEN_54; // @[MuxTest_width_64_inputs_8_outputs_8_pipeline_0s.scala 32:53:@44.4]
  assign _GEN_57 = 3'h1 == io_selects_3_1 ? io_inputs_1 : io_inputs_0; // @[MuxTest_width_64_inputs_8_outputs_8_pipeline_0s.scala 32:53:@44.4]
  assign _GEN_58 = 3'h2 == io_selects_3_1 ? io_inputs_2 : _GEN_57; // @[MuxTest_width_64_inputs_8_outputs_8_pipeline_0s.scala 32:53:@44.4]
  assign _GEN_59 = 3'h3 == io_selects_3_1 ? io_inputs_3 : _GEN_58; // @[MuxTest_width_64_inputs_8_outputs_8_pipeline_0s.scala 32:53:@44.4]
  assign _GEN_60 = 3'h4 == io_selects_3_1 ? io_inputs_4 : _GEN_59; // @[MuxTest_width_64_inputs_8_outputs_8_pipeline_0s.scala 32:53:@44.4]
  assign _GEN_61 = 3'h5 == io_selects_3_1 ? io_inputs_5 : _GEN_60; // @[MuxTest_width_64_inputs_8_outputs_8_pipeline_0s.scala 32:53:@44.4]
  assign _GEN_62 = 3'h6 == io_selects_3_1 ? io_inputs_6 : _GEN_61; // @[MuxTest_width_64_inputs_8_outputs_8_pipeline_0s.scala 32:53:@44.4]
  assign _GEN_63 = 3'h7 == io_selects_3_1 ? io_inputs_7 : _GEN_62; // @[MuxTest_width_64_inputs_8_outputs_8_pipeline_0s.scala 32:53:@44.4]
  assign _T_453 = _GEN_55 + _GEN_63; // @[MuxTest_width_64_inputs_8_outputs_8_pipeline_0s.scala 32:53:@44.4]
  assign _T_454 = _GEN_55 + _GEN_63; // @[MuxTest_width_64_inputs_8_outputs_8_pipeline_0s.scala 32:53:@45.4]
  assign _T_456 = _GEN_55 * _GEN_63; // @[MuxTest_width_64_inputs_8_outputs_8_pipeline_0s.scala 33:58:@46.4]
  assign _T_458 = _GEN_55 / _GEN_63; // @[MuxTest_width_64_inputs_8_outputs_8_pipeline_0s.scala 34:56:@47.4]
  assign _T_459 = 3'h3 == io_operation_3; // @[Mux.scala 46:19:@48.4]
  assign _T_460 = _T_459 ? _T_458 : 64'h0; // @[Mux.scala 46:16:@49.4]
  assign _T_461 = 3'h2 == io_operation_3; // @[Mux.scala 46:19:@50.4]
  assign _T_462 = _T_461 ? _T_456 : {{64'd0}, _T_460}; // @[Mux.scala 46:16:@51.4]
  assign _T_463 = 3'h1 == io_operation_3; // @[Mux.scala 46:19:@52.4]
  assign _T_464 = _T_463 ? {{64'd0}, _T_454} : _T_462; // @[Mux.scala 46:16:@53.4]
  assign _T_465 = 3'h0 == io_operation_3; // @[Mux.scala 46:19:@54.4]
  assign _T_466 = _T_465 ? {{64'd0}, _GEN_55} : _T_464; // @[Mux.scala 46:16:@55.4]
  assign _GEN_65 = 3'h1 == io_selects_4_0 ? io_inputs_1 : io_inputs_0; // @[MuxTest_width_64_inputs_8_outputs_8_pipeline_0s.scala 32:53:@56.4]
  assign _GEN_66 = 3'h2 == io_selects_4_0 ? io_inputs_2 : _GEN_65; // @[MuxTest_width_64_inputs_8_outputs_8_pipeline_0s.scala 32:53:@56.4]
  assign _GEN_67 = 3'h3 == io_selects_4_0 ? io_inputs_3 : _GEN_66; // @[MuxTest_width_64_inputs_8_outputs_8_pipeline_0s.scala 32:53:@56.4]
  assign _GEN_68 = 3'h4 == io_selects_4_0 ? io_inputs_4 : _GEN_67; // @[MuxTest_width_64_inputs_8_outputs_8_pipeline_0s.scala 32:53:@56.4]
  assign _GEN_69 = 3'h5 == io_selects_4_0 ? io_inputs_5 : _GEN_68; // @[MuxTest_width_64_inputs_8_outputs_8_pipeline_0s.scala 32:53:@56.4]
  assign _GEN_70 = 3'h6 == io_selects_4_0 ? io_inputs_6 : _GEN_69; // @[MuxTest_width_64_inputs_8_outputs_8_pipeline_0s.scala 32:53:@56.4]
  assign _GEN_71 = 3'h7 == io_selects_4_0 ? io_inputs_7 : _GEN_70; // @[MuxTest_width_64_inputs_8_outputs_8_pipeline_0s.scala 32:53:@56.4]
  assign _GEN_73 = 3'h1 == io_selects_4_1 ? io_inputs_1 : io_inputs_0; // @[MuxTest_width_64_inputs_8_outputs_8_pipeline_0s.scala 32:53:@56.4]
  assign _GEN_74 = 3'h2 == io_selects_4_1 ? io_inputs_2 : _GEN_73; // @[MuxTest_width_64_inputs_8_outputs_8_pipeline_0s.scala 32:53:@56.4]
  assign _GEN_75 = 3'h3 == io_selects_4_1 ? io_inputs_3 : _GEN_74; // @[MuxTest_width_64_inputs_8_outputs_8_pipeline_0s.scala 32:53:@56.4]
  assign _GEN_76 = 3'h4 == io_selects_4_1 ? io_inputs_4 : _GEN_75; // @[MuxTest_width_64_inputs_8_outputs_8_pipeline_0s.scala 32:53:@56.4]
  assign _GEN_77 = 3'h5 == io_selects_4_1 ? io_inputs_5 : _GEN_76; // @[MuxTest_width_64_inputs_8_outputs_8_pipeline_0s.scala 32:53:@56.4]
  assign _GEN_78 = 3'h6 == io_selects_4_1 ? io_inputs_6 : _GEN_77; // @[MuxTest_width_64_inputs_8_outputs_8_pipeline_0s.scala 32:53:@56.4]
  assign _GEN_79 = 3'h7 == io_selects_4_1 ? io_inputs_7 : _GEN_78; // @[MuxTest_width_64_inputs_8_outputs_8_pipeline_0s.scala 32:53:@56.4]
  assign _T_470 = _GEN_71 + _GEN_79; // @[MuxTest_width_64_inputs_8_outputs_8_pipeline_0s.scala 32:53:@56.4]
  assign _T_471 = _GEN_71 + _GEN_79; // @[MuxTest_width_64_inputs_8_outputs_8_pipeline_0s.scala 32:53:@57.4]
  assign _T_473 = _GEN_71 * _GEN_79; // @[MuxTest_width_64_inputs_8_outputs_8_pipeline_0s.scala 33:58:@58.4]
  assign _T_475 = _GEN_71 / _GEN_79; // @[MuxTest_width_64_inputs_8_outputs_8_pipeline_0s.scala 34:56:@59.4]
  assign _T_476 = 3'h3 == io_operation_4; // @[Mux.scala 46:19:@60.4]
  assign _T_477 = _T_476 ? _T_475 : 64'h0; // @[Mux.scala 46:16:@61.4]
  assign _T_478 = 3'h2 == io_operation_4; // @[Mux.scala 46:19:@62.4]
  assign _T_479 = _T_478 ? _T_473 : {{64'd0}, _T_477}; // @[Mux.scala 46:16:@63.4]
  assign _T_480 = 3'h1 == io_operation_4; // @[Mux.scala 46:19:@64.4]
  assign _T_481 = _T_480 ? {{64'd0}, _T_471} : _T_479; // @[Mux.scala 46:16:@65.4]
  assign _T_482 = 3'h0 == io_operation_4; // @[Mux.scala 46:19:@66.4]
  assign _T_483 = _T_482 ? {{64'd0}, _GEN_71} : _T_481; // @[Mux.scala 46:16:@67.4]
  assign _GEN_81 = 3'h1 == io_selects_5_0 ? io_inputs_1 : io_inputs_0; // @[MuxTest_width_64_inputs_8_outputs_8_pipeline_0s.scala 32:53:@68.4]
  assign _GEN_82 = 3'h2 == io_selects_5_0 ? io_inputs_2 : _GEN_81; // @[MuxTest_width_64_inputs_8_outputs_8_pipeline_0s.scala 32:53:@68.4]
  assign _GEN_83 = 3'h3 == io_selects_5_0 ? io_inputs_3 : _GEN_82; // @[MuxTest_width_64_inputs_8_outputs_8_pipeline_0s.scala 32:53:@68.4]
  assign _GEN_84 = 3'h4 == io_selects_5_0 ? io_inputs_4 : _GEN_83; // @[MuxTest_width_64_inputs_8_outputs_8_pipeline_0s.scala 32:53:@68.4]
  assign _GEN_85 = 3'h5 == io_selects_5_0 ? io_inputs_5 : _GEN_84; // @[MuxTest_width_64_inputs_8_outputs_8_pipeline_0s.scala 32:53:@68.4]
  assign _GEN_86 = 3'h6 == io_selects_5_0 ? io_inputs_6 : _GEN_85; // @[MuxTest_width_64_inputs_8_outputs_8_pipeline_0s.scala 32:53:@68.4]
  assign _GEN_87 = 3'h7 == io_selects_5_0 ? io_inputs_7 : _GEN_86; // @[MuxTest_width_64_inputs_8_outputs_8_pipeline_0s.scala 32:53:@68.4]
  assign _GEN_89 = 3'h1 == io_selects_5_1 ? io_inputs_1 : io_inputs_0; // @[MuxTest_width_64_inputs_8_outputs_8_pipeline_0s.scala 32:53:@68.4]
  assign _GEN_90 = 3'h2 == io_selects_5_1 ? io_inputs_2 : _GEN_89; // @[MuxTest_width_64_inputs_8_outputs_8_pipeline_0s.scala 32:53:@68.4]
  assign _GEN_91 = 3'h3 == io_selects_5_1 ? io_inputs_3 : _GEN_90; // @[MuxTest_width_64_inputs_8_outputs_8_pipeline_0s.scala 32:53:@68.4]
  assign _GEN_92 = 3'h4 == io_selects_5_1 ? io_inputs_4 : _GEN_91; // @[MuxTest_width_64_inputs_8_outputs_8_pipeline_0s.scala 32:53:@68.4]
  assign _GEN_93 = 3'h5 == io_selects_5_1 ? io_inputs_5 : _GEN_92; // @[MuxTest_width_64_inputs_8_outputs_8_pipeline_0s.scala 32:53:@68.4]
  assign _GEN_94 = 3'h6 == io_selects_5_1 ? io_inputs_6 : _GEN_93; // @[MuxTest_width_64_inputs_8_outputs_8_pipeline_0s.scala 32:53:@68.4]
  assign _GEN_95 = 3'h7 == io_selects_5_1 ? io_inputs_7 : _GEN_94; // @[MuxTest_width_64_inputs_8_outputs_8_pipeline_0s.scala 32:53:@68.4]
  assign _T_487 = _GEN_87 + _GEN_95; // @[MuxTest_width_64_inputs_8_outputs_8_pipeline_0s.scala 32:53:@68.4]
  assign _T_488 = _GEN_87 + _GEN_95; // @[MuxTest_width_64_inputs_8_outputs_8_pipeline_0s.scala 32:53:@69.4]
  assign _T_490 = _GEN_87 * _GEN_95; // @[MuxTest_width_64_inputs_8_outputs_8_pipeline_0s.scala 33:58:@70.4]
  assign _T_492 = _GEN_87 / _GEN_95; // @[MuxTest_width_64_inputs_8_outputs_8_pipeline_0s.scala 34:56:@71.4]
  assign _T_493 = 3'h3 == io_operation_5; // @[Mux.scala 46:19:@72.4]
  assign _T_494 = _T_493 ? _T_492 : 64'h0; // @[Mux.scala 46:16:@73.4]
  assign _T_495 = 3'h2 == io_operation_5; // @[Mux.scala 46:19:@74.4]
  assign _T_496 = _T_495 ? _T_490 : {{64'd0}, _T_494}; // @[Mux.scala 46:16:@75.4]
  assign _T_497 = 3'h1 == io_operation_5; // @[Mux.scala 46:19:@76.4]
  assign _T_498 = _T_497 ? {{64'd0}, _T_488} : _T_496; // @[Mux.scala 46:16:@77.4]
  assign _T_499 = 3'h0 == io_operation_5; // @[Mux.scala 46:19:@78.4]
  assign _T_500 = _T_499 ? {{64'd0}, _GEN_87} : _T_498; // @[Mux.scala 46:16:@79.4]
  assign _GEN_97 = 3'h1 == io_selects_6_0 ? io_inputs_1 : io_inputs_0; // @[MuxTest_width_64_inputs_8_outputs_8_pipeline_0s.scala 32:53:@80.4]
  assign _GEN_98 = 3'h2 == io_selects_6_0 ? io_inputs_2 : _GEN_97; // @[MuxTest_width_64_inputs_8_outputs_8_pipeline_0s.scala 32:53:@80.4]
  assign _GEN_99 = 3'h3 == io_selects_6_0 ? io_inputs_3 : _GEN_98; // @[MuxTest_width_64_inputs_8_outputs_8_pipeline_0s.scala 32:53:@80.4]
  assign _GEN_100 = 3'h4 == io_selects_6_0 ? io_inputs_4 : _GEN_99; // @[MuxTest_width_64_inputs_8_outputs_8_pipeline_0s.scala 32:53:@80.4]
  assign _GEN_101 = 3'h5 == io_selects_6_0 ? io_inputs_5 : _GEN_100; // @[MuxTest_width_64_inputs_8_outputs_8_pipeline_0s.scala 32:53:@80.4]
  assign _GEN_102 = 3'h6 == io_selects_6_0 ? io_inputs_6 : _GEN_101; // @[MuxTest_width_64_inputs_8_outputs_8_pipeline_0s.scala 32:53:@80.4]
  assign _GEN_103 = 3'h7 == io_selects_6_0 ? io_inputs_7 : _GEN_102; // @[MuxTest_width_64_inputs_8_outputs_8_pipeline_0s.scala 32:53:@80.4]
  assign _GEN_105 = 3'h1 == io_selects_6_1 ? io_inputs_1 : io_inputs_0; // @[MuxTest_width_64_inputs_8_outputs_8_pipeline_0s.scala 32:53:@80.4]
  assign _GEN_106 = 3'h2 == io_selects_6_1 ? io_inputs_2 : _GEN_105; // @[MuxTest_width_64_inputs_8_outputs_8_pipeline_0s.scala 32:53:@80.4]
  assign _GEN_107 = 3'h3 == io_selects_6_1 ? io_inputs_3 : _GEN_106; // @[MuxTest_width_64_inputs_8_outputs_8_pipeline_0s.scala 32:53:@80.4]
  assign _GEN_108 = 3'h4 == io_selects_6_1 ? io_inputs_4 : _GEN_107; // @[MuxTest_width_64_inputs_8_outputs_8_pipeline_0s.scala 32:53:@80.4]
  assign _GEN_109 = 3'h5 == io_selects_6_1 ? io_inputs_5 : _GEN_108; // @[MuxTest_width_64_inputs_8_outputs_8_pipeline_0s.scala 32:53:@80.4]
  assign _GEN_110 = 3'h6 == io_selects_6_1 ? io_inputs_6 : _GEN_109; // @[MuxTest_width_64_inputs_8_outputs_8_pipeline_0s.scala 32:53:@80.4]
  assign _GEN_111 = 3'h7 == io_selects_6_1 ? io_inputs_7 : _GEN_110; // @[MuxTest_width_64_inputs_8_outputs_8_pipeline_0s.scala 32:53:@80.4]
  assign _T_504 = _GEN_103 + _GEN_111; // @[MuxTest_width_64_inputs_8_outputs_8_pipeline_0s.scala 32:53:@80.4]
  assign _T_505 = _GEN_103 + _GEN_111; // @[MuxTest_width_64_inputs_8_outputs_8_pipeline_0s.scala 32:53:@81.4]
  assign _T_507 = _GEN_103 * _GEN_111; // @[MuxTest_width_64_inputs_8_outputs_8_pipeline_0s.scala 33:58:@82.4]
  assign _T_509 = _GEN_103 / _GEN_111; // @[MuxTest_width_64_inputs_8_outputs_8_pipeline_0s.scala 34:56:@83.4]
  assign _T_510 = 3'h3 == io_operation_6; // @[Mux.scala 46:19:@84.4]
  assign _T_511 = _T_510 ? _T_509 : 64'h0; // @[Mux.scala 46:16:@85.4]
  assign _T_512 = 3'h2 == io_operation_6; // @[Mux.scala 46:19:@86.4]
  assign _T_513 = _T_512 ? _T_507 : {{64'd0}, _T_511}; // @[Mux.scala 46:16:@87.4]
  assign _T_514 = 3'h1 == io_operation_6; // @[Mux.scala 46:19:@88.4]
  assign _T_515 = _T_514 ? {{64'd0}, _T_505} : _T_513; // @[Mux.scala 46:16:@89.4]
  assign _T_516 = 3'h0 == io_operation_6; // @[Mux.scala 46:19:@90.4]
  assign _T_517 = _T_516 ? {{64'd0}, _GEN_103} : _T_515; // @[Mux.scala 46:16:@91.4]
  assign _GEN_113 = 3'h1 == io_selects_7_0 ? io_inputs_1 : io_inputs_0; // @[MuxTest_width_64_inputs_8_outputs_8_pipeline_0s.scala 32:53:@92.4]
  assign _GEN_114 = 3'h2 == io_selects_7_0 ? io_inputs_2 : _GEN_113; // @[MuxTest_width_64_inputs_8_outputs_8_pipeline_0s.scala 32:53:@92.4]
  assign _GEN_115 = 3'h3 == io_selects_7_0 ? io_inputs_3 : _GEN_114; // @[MuxTest_width_64_inputs_8_outputs_8_pipeline_0s.scala 32:53:@92.4]
  assign _GEN_116 = 3'h4 == io_selects_7_0 ? io_inputs_4 : _GEN_115; // @[MuxTest_width_64_inputs_8_outputs_8_pipeline_0s.scala 32:53:@92.4]
  assign _GEN_117 = 3'h5 == io_selects_7_0 ? io_inputs_5 : _GEN_116; // @[MuxTest_width_64_inputs_8_outputs_8_pipeline_0s.scala 32:53:@92.4]
  assign _GEN_118 = 3'h6 == io_selects_7_0 ? io_inputs_6 : _GEN_117; // @[MuxTest_width_64_inputs_8_outputs_8_pipeline_0s.scala 32:53:@92.4]
  assign _GEN_119 = 3'h7 == io_selects_7_0 ? io_inputs_7 : _GEN_118; // @[MuxTest_width_64_inputs_8_outputs_8_pipeline_0s.scala 32:53:@92.4]
  assign _GEN_121 = 3'h1 == io_selects_7_1 ? io_inputs_1 : io_inputs_0; // @[MuxTest_width_64_inputs_8_outputs_8_pipeline_0s.scala 32:53:@92.4]
  assign _GEN_122 = 3'h2 == io_selects_7_1 ? io_inputs_2 : _GEN_121; // @[MuxTest_width_64_inputs_8_outputs_8_pipeline_0s.scala 32:53:@92.4]
  assign _GEN_123 = 3'h3 == io_selects_7_1 ? io_inputs_3 : _GEN_122; // @[MuxTest_width_64_inputs_8_outputs_8_pipeline_0s.scala 32:53:@92.4]
  assign _GEN_124 = 3'h4 == io_selects_7_1 ? io_inputs_4 : _GEN_123; // @[MuxTest_width_64_inputs_8_outputs_8_pipeline_0s.scala 32:53:@92.4]
  assign _GEN_125 = 3'h5 == io_selects_7_1 ? io_inputs_5 : _GEN_124; // @[MuxTest_width_64_inputs_8_outputs_8_pipeline_0s.scala 32:53:@92.4]
  assign _GEN_126 = 3'h6 == io_selects_7_1 ? io_inputs_6 : _GEN_125; // @[MuxTest_width_64_inputs_8_outputs_8_pipeline_0s.scala 32:53:@92.4]
  assign _GEN_127 = 3'h7 == io_selects_7_1 ? io_inputs_7 : _GEN_126; // @[MuxTest_width_64_inputs_8_outputs_8_pipeline_0s.scala 32:53:@92.4]
  assign _T_521 = _GEN_119 + _GEN_127; // @[MuxTest_width_64_inputs_8_outputs_8_pipeline_0s.scala 32:53:@92.4]
  assign _T_522 = _GEN_119 + _GEN_127; // @[MuxTest_width_64_inputs_8_outputs_8_pipeline_0s.scala 32:53:@93.4]
  assign _T_524 = _GEN_119 * _GEN_127; // @[MuxTest_width_64_inputs_8_outputs_8_pipeline_0s.scala 33:58:@94.4]
  assign _T_526 = _GEN_119 / _GEN_127; // @[MuxTest_width_64_inputs_8_outputs_8_pipeline_0s.scala 34:56:@95.4]
  assign _T_527 = 3'h3 == io_operation_7; // @[Mux.scala 46:19:@96.4]
  assign _T_528 = _T_527 ? _T_526 : 64'h0; // @[Mux.scala 46:16:@97.4]
  assign _T_529 = 3'h2 == io_operation_7; // @[Mux.scala 46:19:@98.4]
  assign _T_530 = _T_529 ? _T_524 : {{64'd0}, _T_528}; // @[Mux.scala 46:16:@99.4]
  assign _T_531 = 3'h1 == io_operation_7; // @[Mux.scala 46:19:@100.4]
  assign _T_532 = _T_531 ? {{64'd0}, _T_522} : _T_530; // @[Mux.scala 46:16:@101.4]
  assign _T_533 = 3'h0 == io_operation_7; // @[Mux.scala 46:19:@102.4]
  assign _T_534 = _T_533 ? {{64'd0}, _GEN_119} : _T_532; // @[Mux.scala 46:16:@103.4]
  assign io_outputs_0 = _T_415[63:0]; // @[MuxTest_width_64_inputs_8_outputs_8_pipeline_0s.scala 23:14:@104.4]
  assign io_outputs_1 = _T_432[63:0]; // @[MuxTest_width_64_inputs_8_outputs_8_pipeline_0s.scala 23:14:@105.4]
  assign io_outputs_2 = _T_449[63:0]; // @[MuxTest_width_64_inputs_8_outputs_8_pipeline_0s.scala 23:14:@106.4]
  assign io_outputs_3 = _T_466[63:0]; // @[MuxTest_width_64_inputs_8_outputs_8_pipeline_0s.scala 23:14:@107.4]
  assign io_outputs_4 = _T_483[63:0]; // @[MuxTest_width_64_inputs_8_outputs_8_pipeline_0s.scala 23:14:@108.4]
  assign io_outputs_5 = _T_500[63:0]; // @[MuxTest_width_64_inputs_8_outputs_8_pipeline_0s.scala 23:14:@109.4]
  assign io_outputs_6 = _T_517[63:0]; // @[MuxTest_width_64_inputs_8_outputs_8_pipeline_0s.scala 23:14:@110.4]
  assign io_outputs_7 = _T_534[63:0]; // @[MuxTest_width_64_inputs_8_outputs_8_pipeline_0s.scala 23:14:@111.4]
endmodule